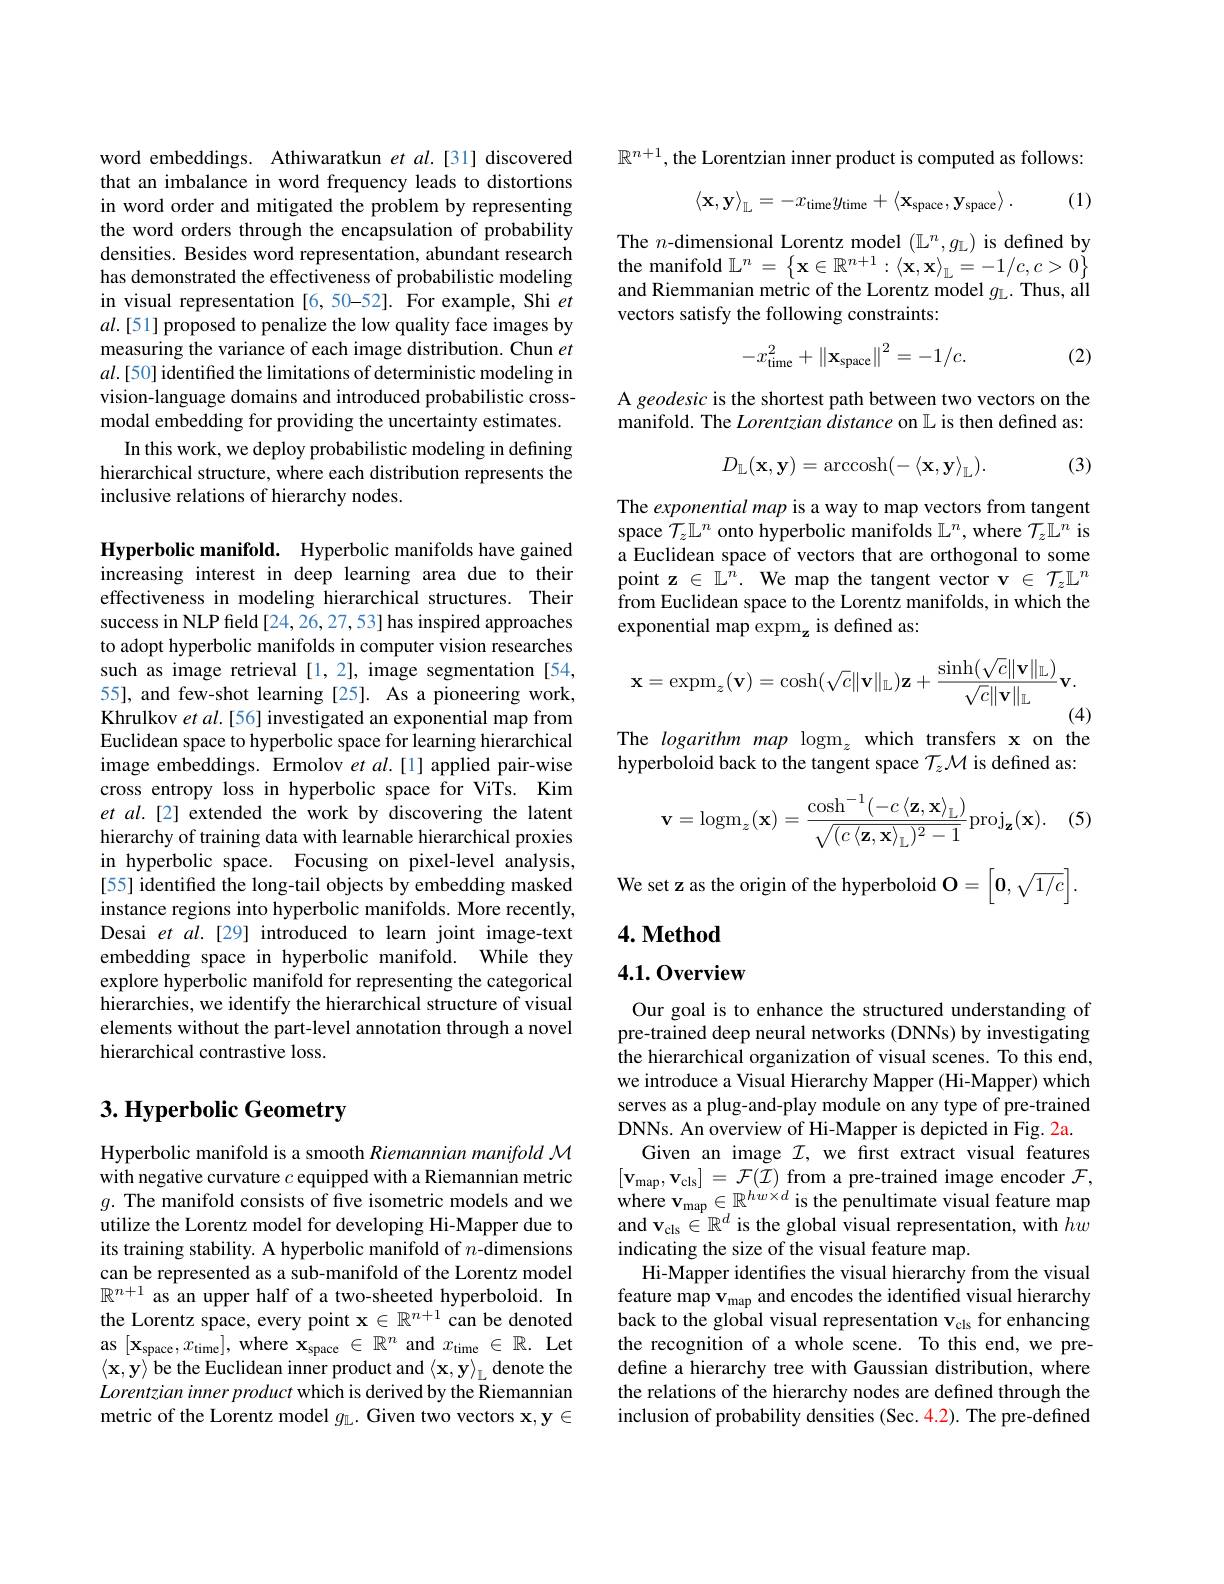
word embeddings. Athiwaratkun $et$ al.[31] discovered that an imbalance in word frequency leads to distortions in word order and mitigated the problem by representing the word orders through the encapsulation of probability densities. Besides word representation, abundant research has demonstrated the effectiveness of probabilistic modeling in visual representation [6,50-52]. For example, Shi $et$ $al.[51]$ proposed to penalize the low quality face images by measuring the variance of each image distribution. Chun $et$ $al.[50]$ identified the limitations of deterministic modeling in vision-language domains and introduced probabilistic crossmodal embedding for providing the uncertainty estimates.
In this work, we deploy probabilistic modeling in defining hierarchical structure, where each distribution represents the inclusive relations of hierarchy nodes.

Hyperbolic manifold. Hyperbolic manifolds have gained increasing interest in deep learning area due to their effectiveness in modeling hierarchical structures. Their success in NLP freld [24, 26, 27, 53] has inspired approaches to adopt hyperbolic manifolds in computer vision researches such as image retrieval [1,2], image segmentation[54, 55], and few-shot learning [25]. As a pioneering work, Khrulkov $etal.[56]$ investigated an exponential map from Euclidean space to hyperbolic space for learning hierarchical image embeddings. Ermolov $etal.[1]$ applied pair-wise cross entropy loss in hyperbolic space for ViTs. Kim et al.[2] extended the work by discovering the latent hierarchy of training data with learnable hierarchical proxies in hyperbolic space. Focusing on pixel-level analysis, [55] identified the long-tail objects by embedding masked instance regions into hyperbolic manifolds. More recently, Desai et al.[29] introduced to learn joint image-text embedding space in hyperbolic manifold. While they explore hyperbolic manifold for representing the categorical hierarchies, we identify the hierarchical structure of visual elements without the part-level annotation through a novel hierarchical contrastive loss.

# 3. Hyperbolic Geometry

Hyperbolic manifold is a smooth Riemannian manifold M with negative curvature $c$ equipped with a Riemannian metric $g.$ The manifold consists of five isometric models and we utilize the Lorentz model for developing Hi-Mapper due to its training stability. A hyperbolic manifold of $n$-dimensions can be represented as a sub-manifold of the Lorentz model $\mathbb{R}^{n+1}$ as an upper half of a two-sheeted hyperboloid. In the Lorentz space, every point $\mathbf{x}\in\mathbb{R}^n+1$ can be denoted as $[\mathbf{x}_{\mathrm{space}},x_{\mathrm{time}}]$,where $\mathbf{x}_\mathrm{space}\in\mathbb{R}^n$ and $x_\mathrm{time}\in \mathbb{R} .$ Let $\langle\mathbf{x},\mathbf{y}\rangle$ be the Euclidean inner product and $\langle \mathbf{x} , \mathbf{y} \rangle _{\mathrm{L} }$ denote the Lorentzian inner product which is derived by the Riemannian metric of the Lorentz model $g_{\mathbb{L}}.$ Given two vectors $\mathbf{x},\mathbf{y}\in$

$\mathbb{R}^{n+1}$,the Lorentzian inner product is computed as follows

(1)
$$\left\langle\mathbf{x},\mathbf{y}\right\rangle_{\mathbb{L}}=-x_{\mathrm{time}}y_{\mathrm{time}}+\left\langle\mathbf{x}_{\mathrm{space}},\mathbf{y}_{\mathrm{space}}\right\rangle.$$
The $n$-dimensional Lorentz model $(\mathbb{L}^n,g_{\mathbb{L}})$ is defined by $\mathop{\text{the manifold }\mathbb{L}}^{n}=\left\{\mathbf{x}\in\mathbb{R}^{n+1}:\langle\mathbf{x},\mathbf{x}\rangle_{\mathbb{L}}=-1/c,c>0\right\}$ and Riemmanian metric of the Lorentz model $g_\mathrm{L}.$ Thus, all vectors satisfy the following constraints:
$$-x_{\mathrm{time}}^2+\left\|\mathbf{x}_{\mathrm{space}}\right\|^2=-1/c.$$
(2)

A geodesic is the shortest path between two vectors on the manifold. The Lorentzian distance on $\mathbb{L}$ is then defined as:

(3)
$$D_{\mathbb{L}}(\mathbf{x},\mathbf{y})=\operatorname{arccosh}(-\langle\mathbf{x},\mathbf{y}\rangle_{\mathbb{L}}).$$
The exponential map is a way to map vectors from tangent space $\dot{\mathcal{T}}_z\mathbb{L}^n$ onto hyperbolic manifolds $\mathbb{L}^n$, where $\mathcal{T}_z\mathbb{L}^n$ is a Euclidean space of vectors that are orthogonal to some point z $\in\mathbb{L}^n.$ We map the tangent vector v $\in\mathcal{T}_z\mathbb{L}^n$ from Euclidean space to the Lorentz manifolds, in which the exponential map expm$_\mathbf{z}$ is defined as:
$$\mathbf{x}=\mathrm{expm}_{z}(\mathbf{v})=\cosh(\sqrt{c}\|\mathbf{v}\|_{\mathbb{L}})\mathbf{z}+\frac{\sinh(\sqrt{c}\|\mathbf{v}\|_{\mathbb{L}})}{\sqrt{c}\|\mathbf{v}\|_{\mathbb{L}}}\mathbf{v}.$$
(4)

The logarithm map $\mathrm{logm}_z$ which transfers x on the

hyperboloid back to the tangent space $\mathcal{T}_z\mathcal{M}$ is defined as:

(5)
$$\mathbf{v}=\mathrm{logm}_{z}(\mathbf{x})=\frac{\cosh^{-1}(-c\left\langle\mathbf{z},\mathbf{x}\right\rangle_{\mathbb{L}})}{\sqrt{(c\left\langle\mathbf{z},\mathbf{x}\right\rangle_{\mathbb{L}})^{2}-1}}\mathrm{proj}_{\mathbf{z}}(\mathbf{x}).$$
We set z as the origin of the hyperboloid $\mathbf{O}=\left[\mathbf{0},\sqrt{1/c}\right].$

## $4. \textbf{Method}$

## 4.1.0verview

Our goal is to enhance the structured understanding of pre-trained deep neural networks (DNNs) by investigating the hierarchical organization of visual scenes. To this end, we introduce a Visual Hierarchy Mapper (Hi-Mapper) which serves as a plug-and-play module on any type of pre-trained DNNs. An overview of Hi-Mapper is depicted in Fig. 2a
Given an image $\mathcal{I}$, we first extract visual features $[ \mathbf{v} _{\mathrm{map}}, \mathbf{v} _{\mathrm{cls}}] = \mathcal{F} ( \mathcal{I} )$ from a pre-trained image encoder $\mathcal{F}$, where $v_{map}\in \mathbb{R} ^{hw\times d}$ is the penultimate visual feature map and $\mathbf{v}_{\mathrm{cls}}\in\mathbb{R}^d$ is the global visual representation, with$\hat{w}$ indicating the size of the visual feature map.
Hi-Mapper identifies the visual hierarchy from the visual feature map v$_\mathrm{map}$ and encodes the identified visual hierarchy back to the global visual representation $\mathbf{v}_\mathrm{cls}$ for enhancing the recognition of a whole scene. To this end, we predefine a hierarchy tree with Gaussian distribution, where the relations of the hierarchy nodes are defined through the inclusion of probability densities (Sec. 4.2). The pre-defined